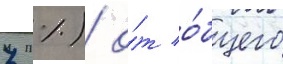
7 %) о́т о́бщего